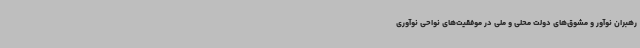
رهبران نوآور و مشوق‌های دولت محلی و ملی در موفقیت‌های نواحی نوآوری